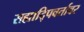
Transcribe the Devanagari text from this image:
सह्यादि्पवर्तावर